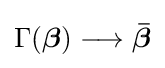
\Gamma ({\boldsymbol {\beta }})\longrightarrow {\boldsymbol {\bar {\beta }}}